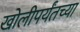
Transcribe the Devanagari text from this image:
खोलीपर्यंतच्या